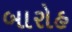
બારોહ